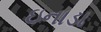
ઇનાડા